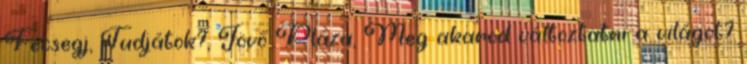
Fecsegj, Tudjátok?, Jövő Pláza, Meg akarod változtatni a világot?